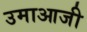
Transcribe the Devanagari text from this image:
उमाआजी